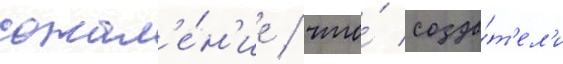
сожал'е́н'ие / что́ созда́т'ел'и